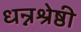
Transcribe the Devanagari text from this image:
धन्नश्रेष्ठी